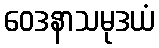
ဝေဒနာသမုဒယံ